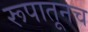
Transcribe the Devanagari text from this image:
रूपातूनच